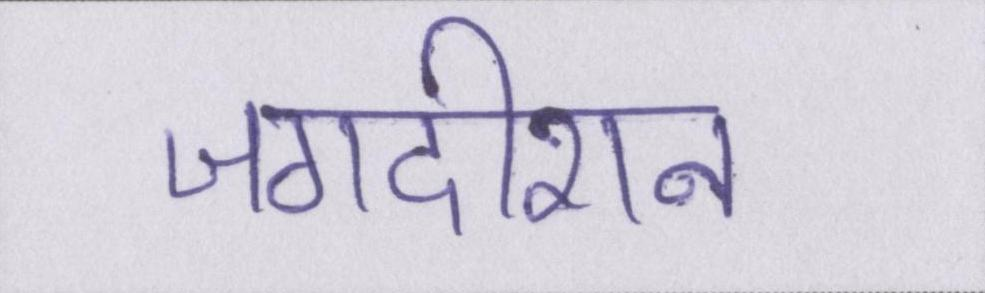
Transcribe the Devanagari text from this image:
जगदीशन